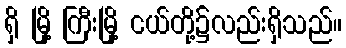
ရှိ မြို့ ကြီးမြို့ ငယ်တို့၌လည်းရှိသည်။